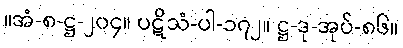
။အံ-၈-ဋ္ဌ-၂၀၄။ ပဋိသံ-ပါ-၁၇၂။ ဋ္ဌ-ဒု-အုပ်-၈၆။